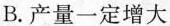
B.产量一定增大